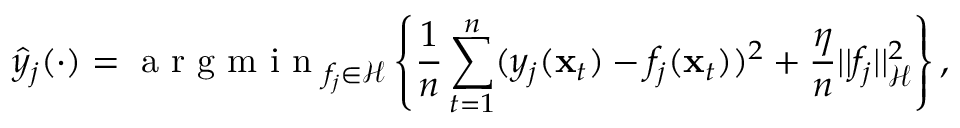
\hat { y } _ { j } ( \cdot ) = \mathrm { ~ a ~ r ~ g ~ m ~ i ~ n ~ } _ { f _ { j } \in \mathcal H } \left\{ \frac { 1 } { n } \sum _ { t = 1 } ^ { n } ( y _ { j } ( \mathbf x _ { t } ) - f _ { j } ( \mathbf x _ { t } ) ) ^ { 2 } + \frac { \eta } { n } | | f _ { j } | | _ { \mathcal H } ^ { 2 } \right\} ,